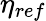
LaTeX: \eta_{ref}